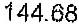
144.68